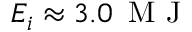
E _ { i } \approx 3 . 0 \, \mathrm { ~ M ~ J ~ }